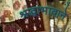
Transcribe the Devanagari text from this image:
श्रद्धाभावाने